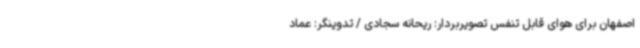
اصفهان برای هوای قابل تنفس تصویربردار: ریحانه سجادی / تدوینگر: عماد